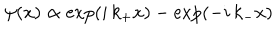
LaTeX: \psi ( x ) \propto \exp ( i \, k _ { + } x ) - \exp ( - i \, k _ { - } x )